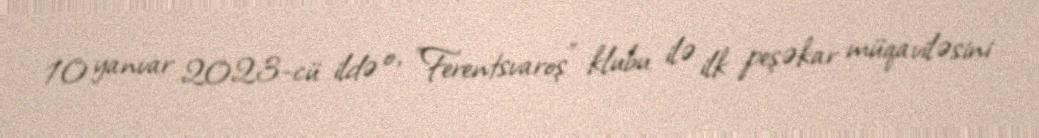
10 yanvar 2023-cü ildə o, "Ferentsvaroş" klubu ilə ilk peşəkar müqaviləsini